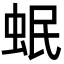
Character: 𧉬